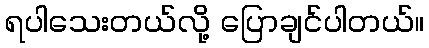
ရပါသေးတယ်လို့ ပြောချင်ပါတယ်။